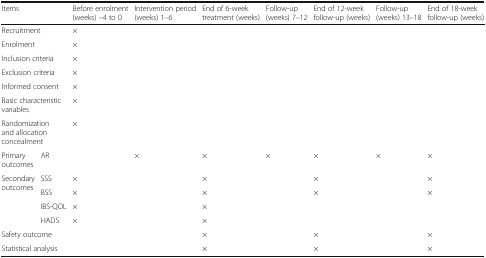
<table><thead><tr><td colspan="2"><b>Items</b></td><td><b>Before enrolment (weeks) –4 to 0</b></td><td><b>Intervention period (weeks) 1–6</b></td><td><b>End of 6-week treatment (weeks)</b></td><td><b>Follow-up (weeks) 7–12</b></td><td><b>End of 12-week follow-up (weeks)</b></td><td><b>Follow-up (weeks) 13–18</b></td><td><b>End of 18-week follow-up (weeks)</b></td></tr></thead><tbody><tr><td colspan="2">Recruitment</td><td>×</td><td></td><td></td><td></td><td></td><td></td><td></td></tr><tr><td colspan="2">Enrolment</td><td>×</td><td></td><td></td><td></td><td></td><td></td><td></td></tr><tr><td colspan="2">Inclusion criteria</td><td>×</td><td></td><td></td><td></td><td></td><td></td><td></td></tr><tr><td colspan="2">Exclusion criteria</td><td>×</td><td></td><td></td><td></td><td></td><td></td><td></td></tr><tr><td colspan="2">Informed consent</td><td>×</td><td></td><td></td><td></td><td></td><td></td><td></td></tr><tr><td colspan="2">Basic characteristic variables</td><td>×</td><td></td><td></td><td></td><td></td><td></td><td></td></tr><tr><td colspan="2">Randomization and allocation concealment</td><td>×</td><td></td><td></td><td></td><td></td><td></td><td></td></tr><tr><td>Primary outcomes</td><td>AR</td><td></td><td>×</td><td>×</td><td>×</td><td>×</td><td>×</td><td>×</td></tr><tr><td rowspan="4">Secondary outcomes</td><td>SSS</td><td>×</td><td></td><td>×</td><td></td><td>×</td><td></td><td>×</td></tr><tr><td>BSS</td><td>×</td><td></td><td>×</td><td></td><td>×</td><td></td><td>×</td></tr><tr><td>IBS-QOL</td><td>×</td><td></td><td>×</td><td></td><td></td><td></td><td></td></tr><tr><td>HADS</td><td>×</td><td></td><td>×</td><td></td><td></td><td></td><td></td></tr><tr><td colspan="2">Safety outcome</td><td></td><td></td><td>×</td><td></td><td>×</td><td></td><td>×</td></tr><tr><td colspan="2">Statistical analysis</td><td></td><td></td><td>×</td><td></td><td>×</td><td></td><td>×</td></tr></tbody></table>